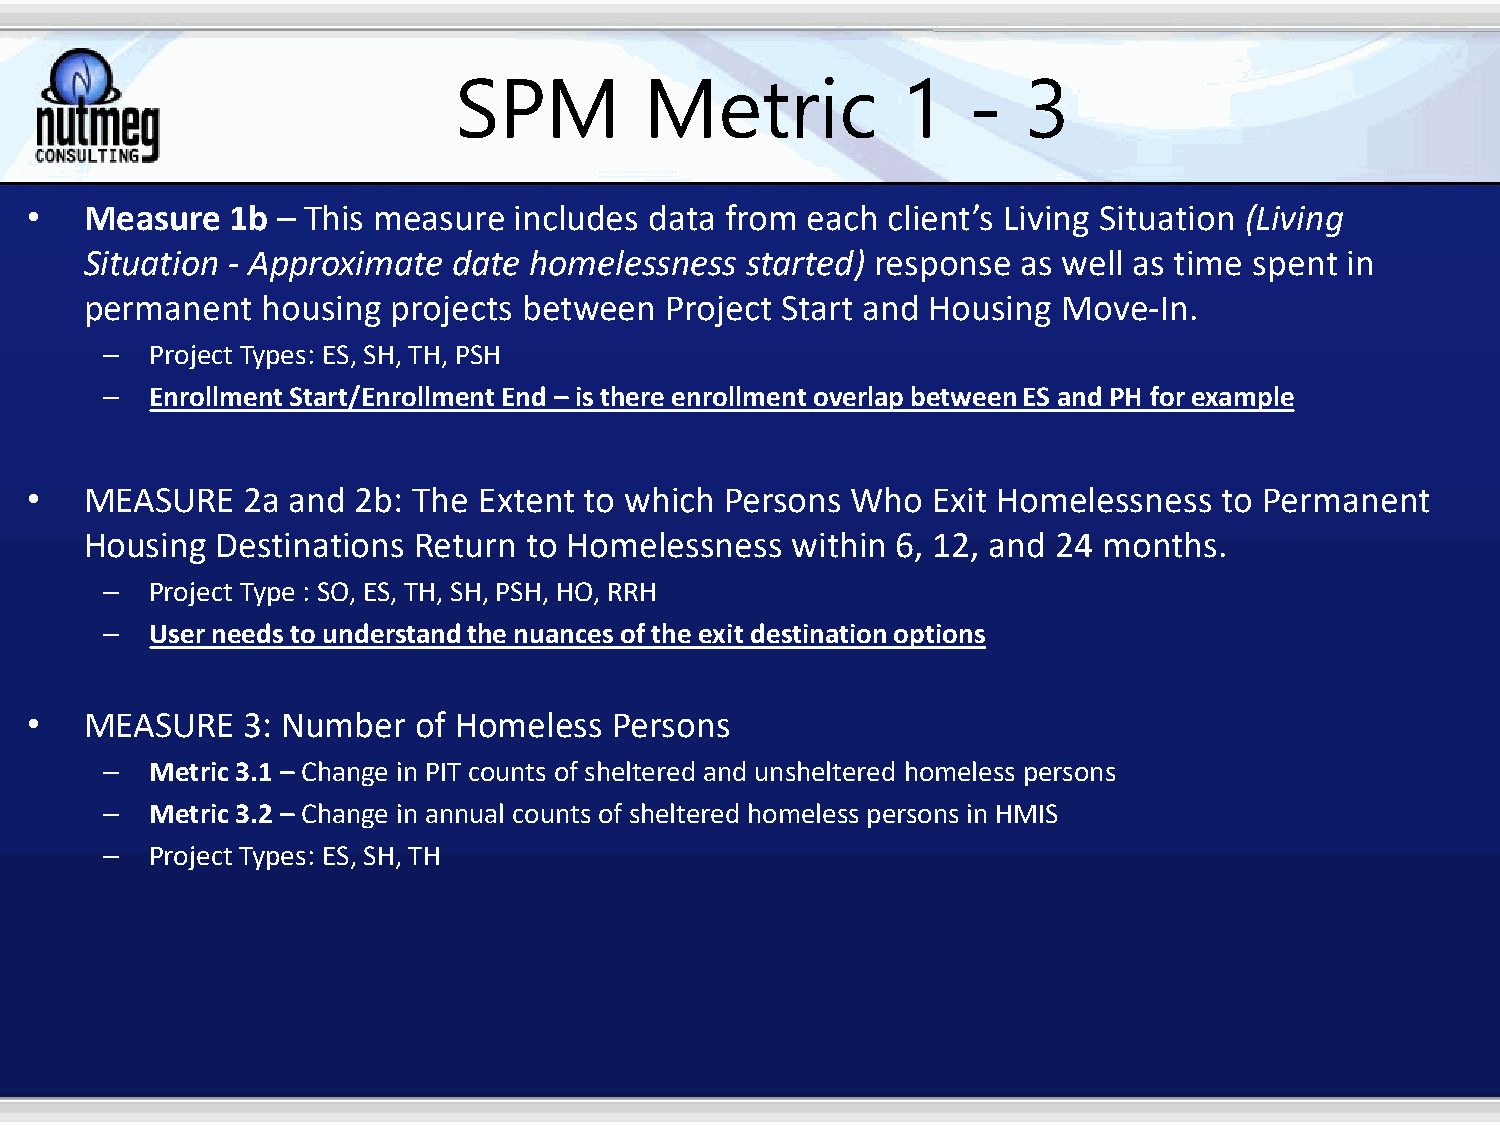
SPM          Metric           1   -   3
 •   Measure  1b – This measure  includes data from each  client’s Living Situation (Living
 Situation - Approximate date homelessness  started) response  as well as time spent in
 permanent  housing  projects between  Project Start and Housing Move-In.
 –  Project Types: ES, SH, TH, PSH
 –  Enrollment Start/Enrollment End – is there enrollment overlap between ES and PH for example
 •   MEASURE   2a and  2b: The Extent to which Persons Who   Exit Homelessness  to Permanent
 Housing Destinations Return  to Homelessness  within 6, 12, and 24 months.
 –  Project Type : SO, ES, TH, SH, PSH, HO, RRH
 –  User needs to understand the nuances of the exit destination options
 •   MEASURE   3: Number   of Homeless  Persons
 –  Metric 3.1 – Change in PIT counts of sheltered and unsheltered homeless persons
 –  Metric 3.2 – Change in annual counts of sheltered homeless persons in HMIS
 –  Project Types: ES, SH, TH